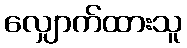
လျှောက်ထားသူ